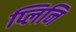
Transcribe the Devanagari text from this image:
प्लिनि